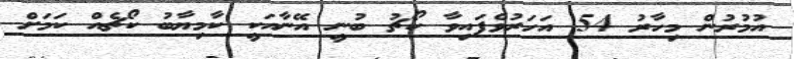
އުމުރުން މިހާރު 54 އަހަރުވެފައިވާ ކޯޗު ބުނީ އޭނާއަކީ ކާމިޔާބު ކޯޗެއް ކަމަށް